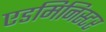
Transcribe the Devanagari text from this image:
एडमिनिस्टर